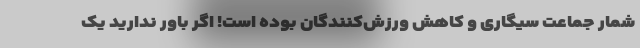
شمار جماعت سیگاری و کاهش ورزش‌کنندگان بوده است! اگر باور ندارید یک